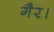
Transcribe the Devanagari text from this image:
गैर।